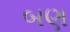
બણ